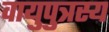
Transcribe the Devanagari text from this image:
वायुपुत्रस्य